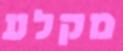
מקלע